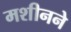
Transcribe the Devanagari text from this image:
मशीनने